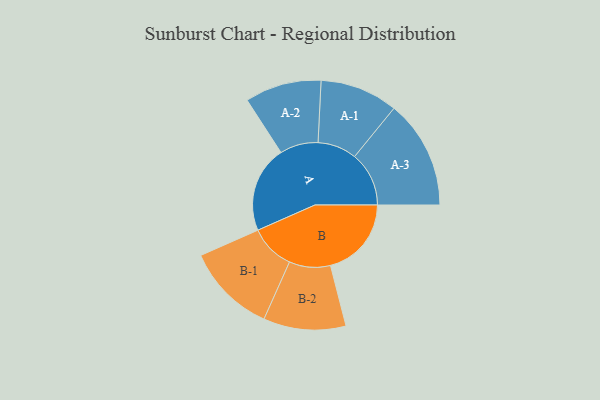
{"axis": {"x": "Segment", "y": "Value"}, "legend": ["", "A", "B"], "data": [{"x": "A", "y": 355, "type": ""}, {"x": "B", "y": 332, "type": ""}, {"x": "A-1", "y": 160, "type": "A"}, {"x": "A-2", "y": 157, "type": "A"}, {"x": "A-3", "y": 223, "type": "A"}, {"x": "B-1", "y": 185, "type": "B"}, {"x": "B-2", "y": 169, "type": "B"}]}